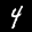
Label: 4